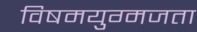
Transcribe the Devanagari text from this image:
विषमयुग्मजता